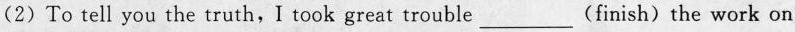
(2)To tell you the truth，I took great trouble___(finish)the work on